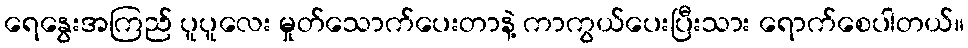
ရေနွေးအကြည် ပူပူလေး မှုတ်သောက်ပေးတာနဲ့ ကာကွယ်ပေးပြီးသား ရောက်စေပါတယ်။